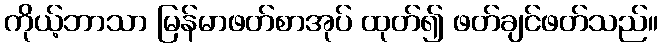
ကိုယ့်ဘာသာ မြန်မာဖတ်စာအုပ် ထုတ်၍ ဖတ်ချင်ဖတ်သည်။